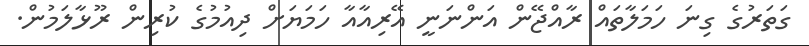
ގަތަރުގެ ގިނަ ހަމަލާތައް ރާއްޖޭން އަންނަނީ އޭރިއާއާ ހަމަޔަށް ދިއުމުގެ ކުރިން ރޫޅާލަމުން.